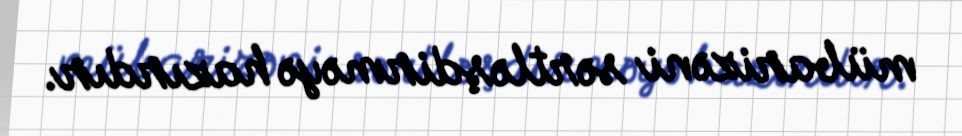
mübarizəni sərtləşdirməyə hazırdır.